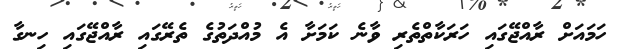
ހަމައަށް ރާއްޖޭގައި ހަރަކާތްތެރި ވާނެ ކަމަށާ އެ މުއްދަތުގެ ތެރޭގައި ރާއްޖޭގައި ހިނގާ